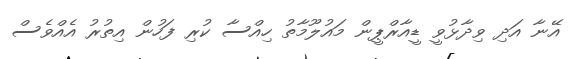
އޭނާ އަދި ވިދާޅުވީ ޑީއާރްޕީން މައުލޫމާތު ހިއްސާ ކުރި ފަހުން އިތުރު އެއްވެސް